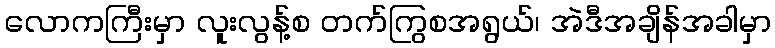
လောကကြီးမှာ လူးလွန့်စ တက်ကြွစအရွယ်၊ အဲဒီအချိန်အခါမှာ